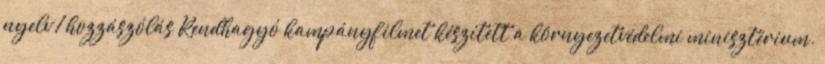
nyelv 1 hozzászólás Rendhagyó kampányfilmet készített a környezetvédelmi minisztérium.